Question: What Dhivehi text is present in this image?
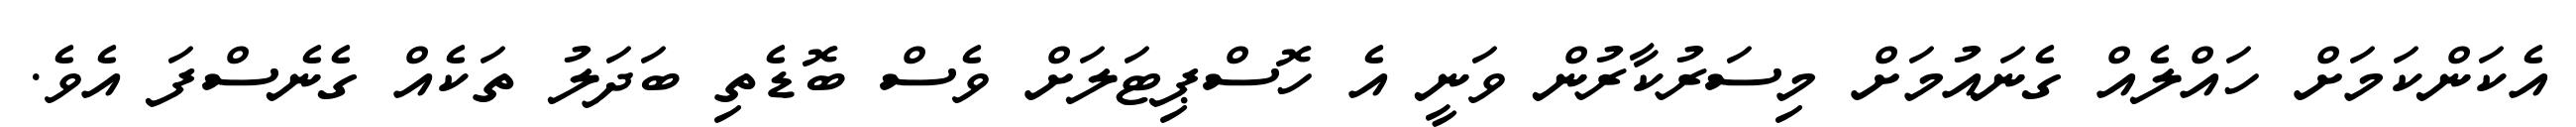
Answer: އެކަންކަމަށް ހައްލެއް ގެނައުމަށް މިސަރުކާރުން ވަނީ އެ ހޮސްޕިޓަލަށް ވެސް ބޮޑެތި ބަދަލު ތަކެއް ގެނެސްފަ އެވެ.